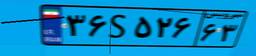
۰۴S۰۳۱۵۱